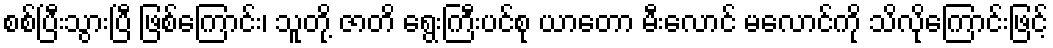
စစ်ပြီးသွားပြီ ဖြစ်ကြောင်း၊ သူတို့ ဇာတိ ရွေးကြီးပင်စု ယာတော မီးလောင် မလောင်ကို သိလိုကြောင်းဖြင့်